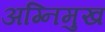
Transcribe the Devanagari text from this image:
अग्निमुख